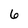
Character: 6